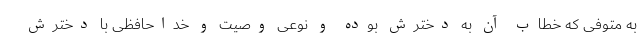
به متوفی که خطاب آن به دخترش بوده و نوعی وصیت و خداحافظی با دخترش